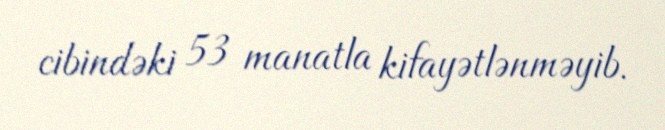
cibindəki 53 manatla kifayətlənməyib.